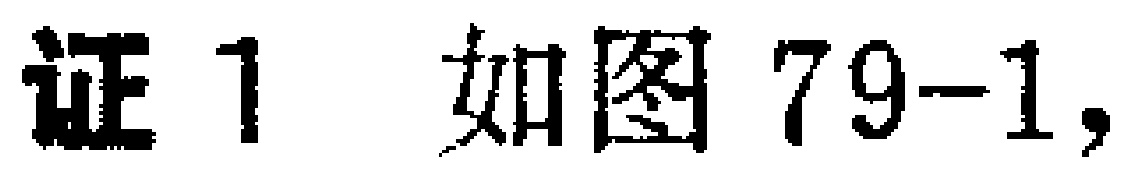
证1 如图79-1,